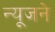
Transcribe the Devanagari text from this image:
न्यूजने